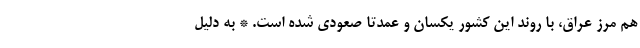
هم مرز عراق، با روند این کشور یکسان و عمدتا صعودی شده است. * به دلیل